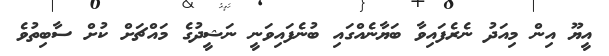
އީޔޫ އިން މިއަދު ނެރެފައިވާ ބަޔާނެއްގައި ބުނެފައިވަނީ ނަޝީދުގެ މައްޗަށް ކުށް ސާބިތުވެ